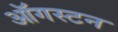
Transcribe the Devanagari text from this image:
ऑगस्टन